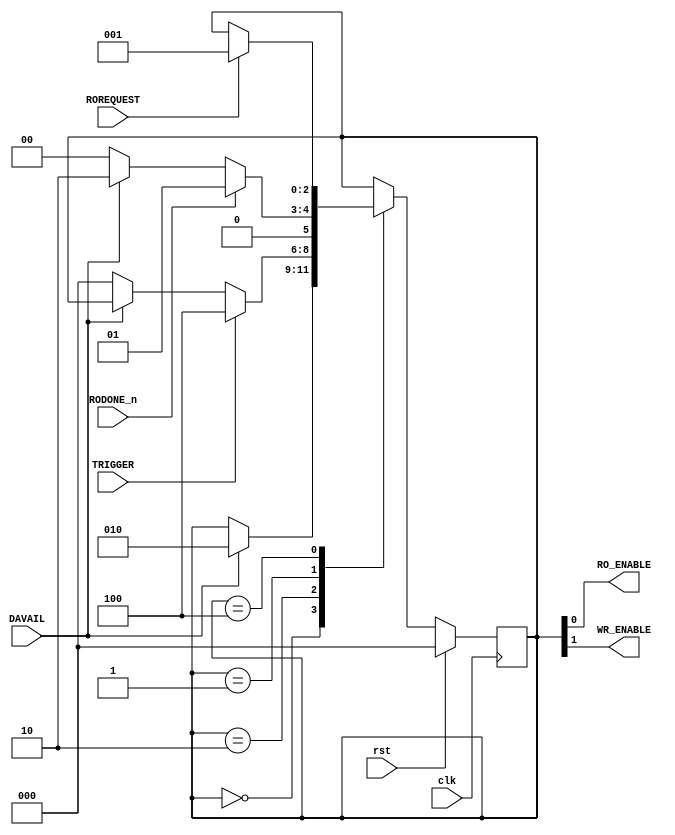
`timescale 1ns / 1ps
`default_nettype none

// Created by fizzim.pl version 5.10 on 2016:03:09 at 14:09:53 (www.fizzim.com)

module SM1 (
  output wire RO_ENABLE,
  output wire WR_ENABLE,
  input wire DAVAIL,
  input wire ROREQUEST,
  input wire TRIGGER,
  input wire clk,
  input wire RODONE_n,
  input wire rst 
);

  // state bits
  parameter 
  IDLE        = 3'b000, // extra=0 WR_ENABLE=0 RO_ENABLE=0 
  ADC_RUNNING = 3'b010, // extra=0 WR_ENABLE=1 RO_ENABLE=0 
  READOUT     = 3'b001, // extra=0 WR_ENABLE=0 RO_ENABLE=1 
  TRIGGERED   = 3'b100; // extra=1 WR_ENABLE=0 RO_ENABLE=0 

  reg [2:0] state;
  reg [2:0] nextstate;

  // comb always block
  always @* begin
    nextstate = state; // default to hold value because implied_loopback is set
    case (state)
      IDLE       : begin
        if (DAVAIL) begin
          nextstate = ADC_RUNNING;
        end
      end
      ADC_RUNNING: begin
        if (TRIGGER) begin
          nextstate = TRIGGERED;
        end
        else if (!DAVAIL) begin
          nextstate = IDLE;
        end
      end
      READOUT    : begin
		  //if (ROREQUEST) begin
        if (RODONE_n) begin
          nextstate = READOUT;
        end
        else if (DAVAIL) begin
          nextstate = ADC_RUNNING;
        end
        else if (!DAVAIL) begin
          nextstate = IDLE;
        end
      end
      TRIGGERED  : begin
        if (ROREQUEST) begin
          nextstate = READOUT;
        end
      end
    endcase
  end

  // Assign reg'd outputs to state bits
  assign RO_ENABLE = state[0];
  assign WR_ENABLE = state[1];

  // sequential always block
  always @(posedge clk) begin
    if (rst)
      state <= IDLE;
    else
      state <= nextstate;
  end

  // This code allows you to see state names in simulation
  `ifndef SYNTHESIS
  reg [87:0] statename;
  always @* begin
    case (state)
      IDLE       :
        statename = "IDLE";
      ADC_RUNNING:
        statename = "ADC_RUNNING";
      READOUT    :
        statename = "READOUT";
      TRIGGERED  :
        statename = "TRIGGERED";
      default    :
        statename = "XXXXXXXXXXX";
    endcase
  end
  `endif

endmodule